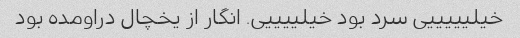
خیلیییییی سرد بود خیلییییی. انگار از یخچال دراومده بود